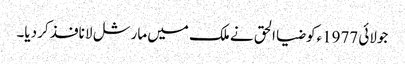
جولائی 1977ءکو ضیا الحق نے ملک میں مارشل لا نافذ کر دیا۔